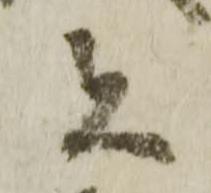
者